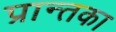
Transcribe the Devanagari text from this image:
प्रान्तका